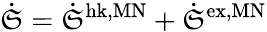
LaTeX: \dot{\mathfrak{S}}=\dot{\mathfrak{S}}^{\mathrm{hk,MN}}+\dot{\mathfrak{S}}^{\mathrm{ex,MN}}